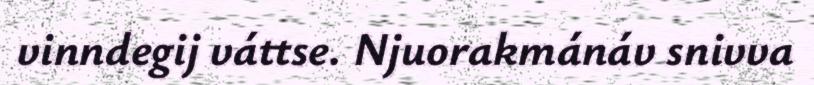
vinndegij váttse. Njuorakmánáv snivva